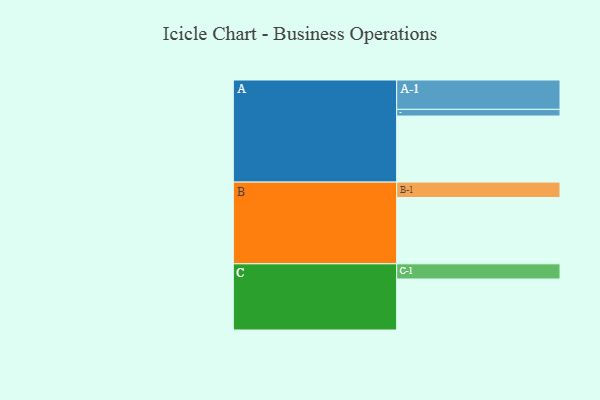
{"axis": {"x": "Segment", "y": "Value"}, "legend": ["", "A", "B", "C"], "data": [{"x": "A", "y": 583, "type": ""}, {"x": "B", "y": 585, "type": ""}, {"x": "C", "y": 450, "type": ""}, {"x": "A-1", "y": 259, "type": "A"}, {"x": "A-2", "y": 59, "type": "A"}, {"x": "B-1", "y": 136, "type": "B"}, {"x": "C-1", "y": 134, "type": "C"}]}